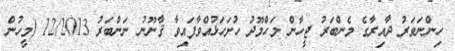
ހިންނަވަރު ދާއިރާގެ މެންބަރު ޖީހާން މަޙްމޫދު ހުށަހަޅުއްވާފައިވާ ޤާނޫނު ނަންބަރު 12/2013 (މީހުން